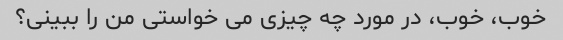
خوب، خوب، در مورد چه چیزی می خواستی من را ببینی؟